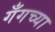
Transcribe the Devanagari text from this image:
गँगच्या